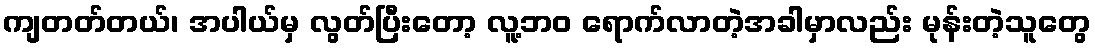
ကျတတ်တယ်၊ အပါယ်မှ လွတ်ပြီးတော့ လူ့ဘဝ ရောက်လာတဲ့အခါမှာလည်း မုန်းတဲ့သူတွေ